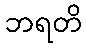
ဘရတိ